Annual report of the Punjab Veterinary College and of the Civil Veterinary Department, Punjab - 1920-1925
Year: 1920
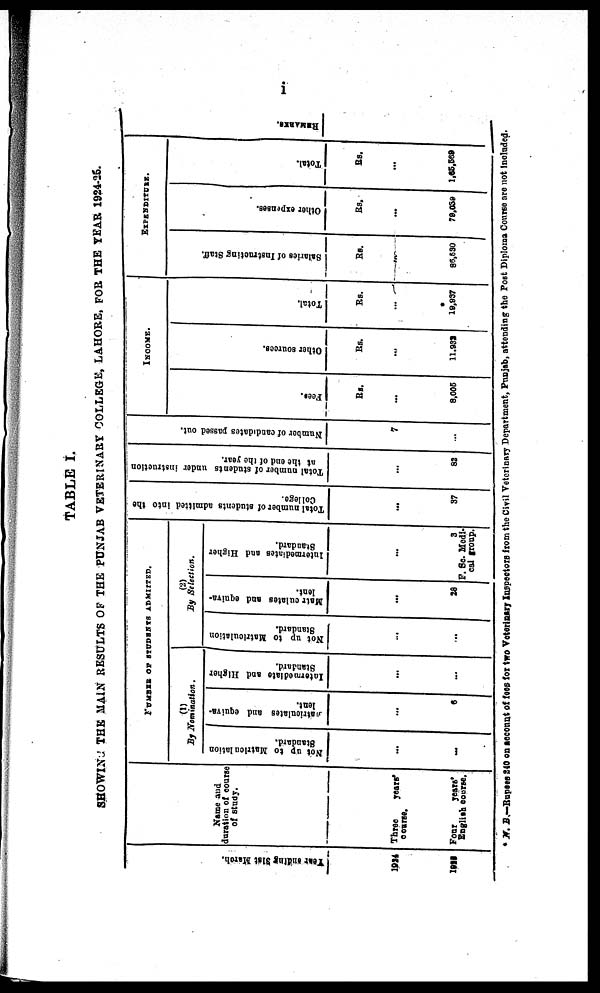
i
TABLE I.
SHOWING THE MAIN RESULTS OF THE PUNJAB VETERINARY COLLEGE, LAHORE, FOR THE YEAR 1924-25.
Year ending 31st Mar ch.
1924
1925
Name and
duration of course
of study.
Three
years'
course.
Four
years'
English course.
NUMBER OF STUDENTS ADMITTED.
(1)
By Nomination.
Not up to Matriculation
Standard.
...
...
Matriculates
and equiva-
lent.
...
6
Intermediate and Higher
Standard.
...
...
(2)
By Selection.
Not up to Matriculation
Standard.
...
...
Matr
culates and equiva-
lent.
...
28
Intermediates
and Higher
Standard.
...
3
F Sc. Medi-
cal group.
Total number of students admitted into the
College.
...
37
Total number of students under instruction
at
the end of the year.
...
82
Number
of candidates passed out.
7
...
INCOME.
Fees.
Rs.
...
8,006
Ot her s our ces .
Rs.
...
11,932
Tot al .
Rs.
...
19,937
EXPENDITURE
Sal ar i
es of I ns t
r uct i
ng St af f .
Rs.
...
85,530
Other e xpe ns e s .
Rs.
...
79,039
Tot al .
Rs.
...
1,65,569
REMARKS
* N. B.—Rupees 210 on account of fees for two Veterinary Inspectors from the Civil Veterinary Department, Punjab, attending the Post Diploma Course are not included.